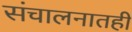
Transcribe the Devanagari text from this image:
संचालनातही